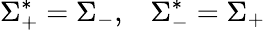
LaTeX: \Sigma_{+}^{*}=\Sigma_{-},\; \; \; \Sigma_{-}^{*}=\Sigma_{+}